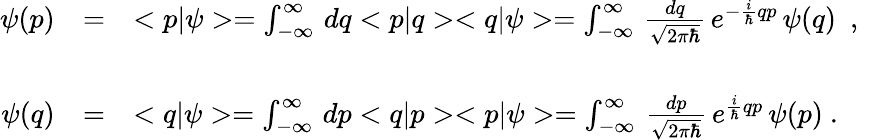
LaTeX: \begin{array}{rcl}{{\psi(p)}}&{{=}}&{{<p|\psi>=\int_{-\infty}^{\infty}\, dq<p|q><q|\psi>=\int_{-\infty}^{\infty}\, \frac{dq}{\sqrt{2\pi\hbar}}\, e^{-\frac{i}{\hbar}qp}\, \psi(q)\ \ ,\ \ }}\\ {{}}&{{}}&{{}}\\ {{\psi(q)}}&{{=}}&{{<q|\psi>=\int_{-\infty}^{\infty}\, dp<q|p><p|\psi>=\int_{-\infty}^{\infty}\, \frac{dp}{\sqrt{2\pi\hbar}}\, e^{\frac{i}{\hbar}qp}\, \psi(p)\ .}}\end{array}